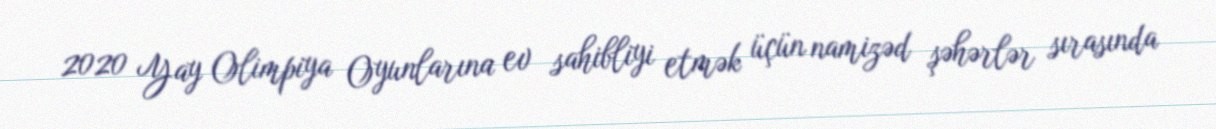
2020 Yay Olimpiya Oyunlarına ev sahibliyi etmək üçün namizəd şəhərlər sırasında